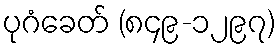
ပုဂံခေတ် (၈၄၉-၁၂၉၇)